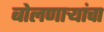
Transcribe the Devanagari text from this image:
बोलणाऱ्यांचा